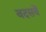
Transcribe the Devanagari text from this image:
वदसवें